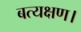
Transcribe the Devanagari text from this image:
बत्यक्षण।